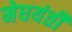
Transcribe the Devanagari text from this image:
मेघयंती